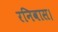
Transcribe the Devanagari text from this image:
रनिवास।